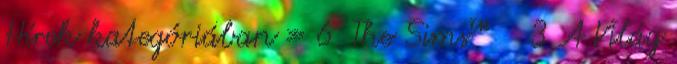
Hírek kategóriában » 6. The Sims™ 3 A Világ